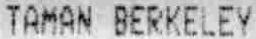
TAMAN BERKELEY